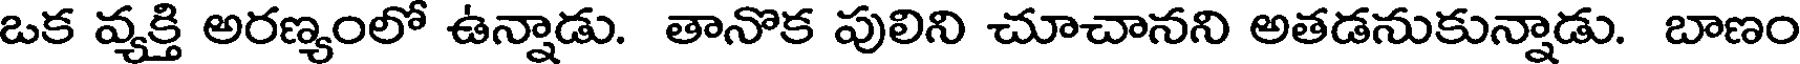
ఒక వ్యక్తి అరణ్యంలో ఉన్నాడు. తానొక పులిని చూచానని అతడనుకున్నాడు. బాణం